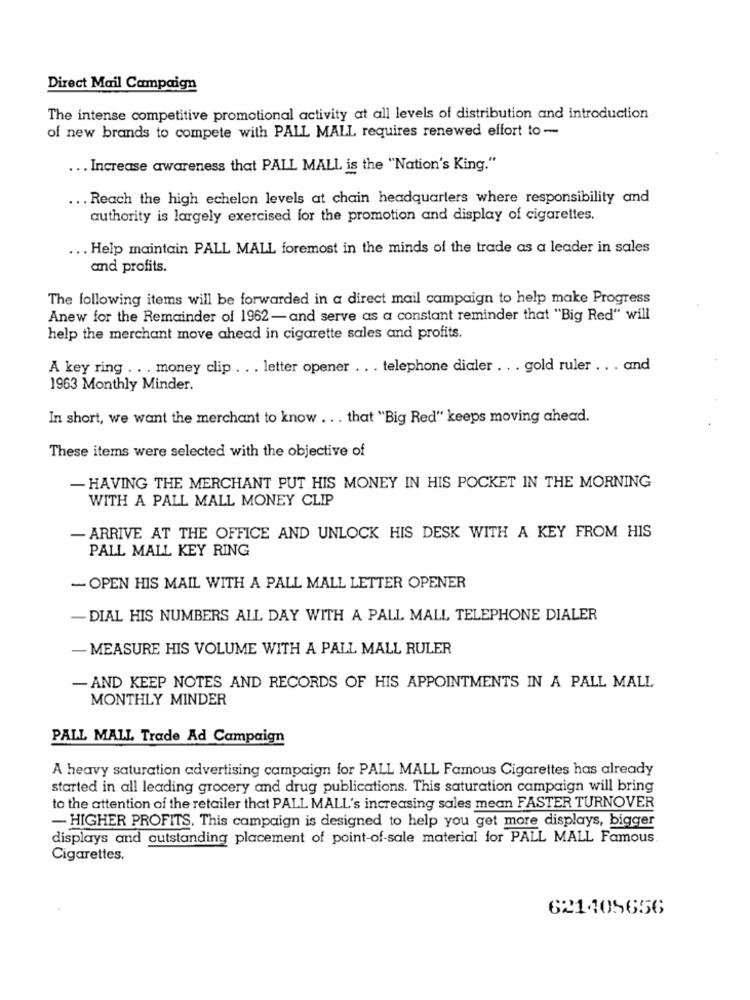
Direct Mail Campaign
The intense competitive promotional activity at all levels of distribution and introduction
of new brands to compete with PALL MALL requires renewed effort to -
Increase awareness that PALL MALL is the "Nation's King."
. Reach the high echelon levels at chain headquarters where responsibility and
authority is largely exercised for the promotion and display of cigarettes.
.. Help maintain PALL MALL foremost in the minds of the trade as a leader in sales
and profits.
The following items will be forwarded in a direct mail campaign to help make Progress
Anew for the Remainder of 1962- and serve as a constant reminder that "Big Red" will
help the merchant move ahead in cigarette sales and profits.
A key ring ... money clip . .. letter opener . . . telephone dialer . . . gold ruler .. . and
1963 Monthly Minder.
In short, we want the merchant to know . . . that "Big Red" keeps moving ahead.
These items were selected with the objective of
- HAVING THE MERCHANT PUT HIS MONEY IN HIS POCKET IN THE MORNING
WITH A PALL MALL MONEY CLIP
- ARRIVE AT THE OFFICE AND UNLOCK HIS DESK WITH A KEY FROM HIS
PALL MALL KEY RING
- OPEN HIS MAIL WITH A PALL MALL LETTER OPENER
- DIAL HIS NUMBERS ALL DAY WITH A PALL MALL TELEPHONE DIALER
- MEASURE HIS VOLUME WITH A PALL MALL RULER
- AND KEEP NOTES AND RECORDS OF HIS APPOINTMENTS IN A PALL MALL
MONTHLY MINDER
PALL MALL Trade Ad Campaign
A heavy saturation advertising campaign for PALL MALL Famous Cigarettes has already
started in all leading grocery and drug publications. This saturation campaign will bring
to the attention of the retailer that PALL MALL's increasing sales mean FASTER TURNOVER
- HIGHER PROFITS. This campaign is designed to help you get more displays, bigger
displays and outstanding placement of point-of-sale material for PALL MALL Famous
Cigarettes.
621405656